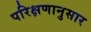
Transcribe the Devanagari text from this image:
परिक्षणानुसार